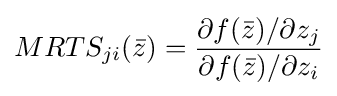
MRTS_{ji}({\bar {z}})={\frac {\partial f({\bar {z}})/\partial z_{j}}{\partial f({\bar {z}})/\partial z_{i}}}